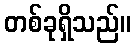
တစ်ခုရှိသည်။